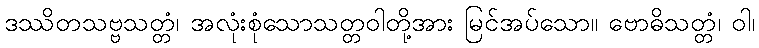
ဒဿိတသဗ္ဗသတ္တံ၊ အလုံးစုံသောသတ္တဝါတို့အား မြင်အပ်သော။ ဗောဓိသတ္တံ၊ ဝါ၊